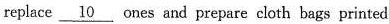
replace \underline{10} ones and prepare cloth bags printed